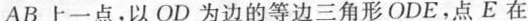
AB上一点，以OD为边的等边三角形ODE，点E在